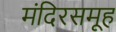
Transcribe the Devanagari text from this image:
मंदिरसमूह